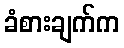
ခံစားချက်က